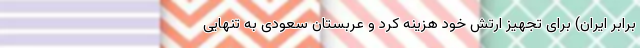
برابر ایران) برای تجهیز ارتش خود هزینه کرد و عربستان سعودی به تنهایی